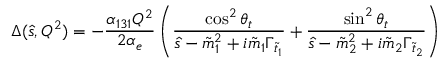
\Delta ( \hat { s } , Q ^ { 2 } ) = - \frac { \alpha _ { 1 3 1 } Q ^ { 2 } } { 2 \alpha _ { e } } \left( \frac { \cos ^ { 2 } \theta _ { t } } { \hat { s } - \tilde { m } _ { 1 } ^ { 2 } + i \tilde { m } _ { 1 } \Gamma _ { \tilde { t } _ { 1 } } } + \frac { \sin ^ { 2 } \theta _ { t } } { \hat { s } - \tilde { m } _ { 2 } ^ { 2 } + i \tilde { m } _ { 2 } \Gamma _ { \tilde { t } _ { 2 } } } \right)